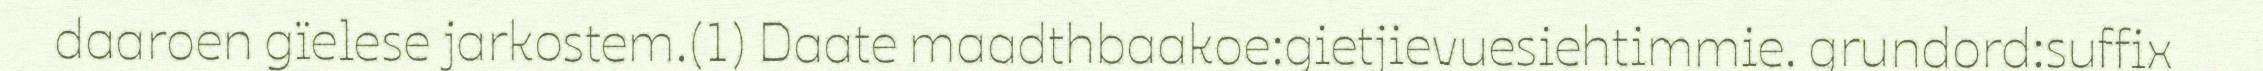
daaroen gïelese jarkostem.(1) Daate maadthbaakoe:gietjievuesiehtimmie. grundord:suffix